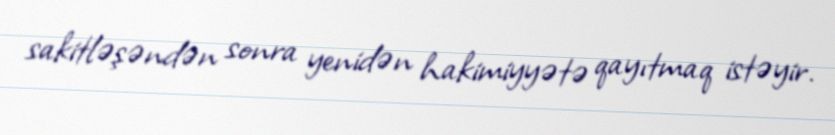
sakitləşəndən sonra yenidən hakimiyyətə qayıtmaq istəyir.